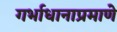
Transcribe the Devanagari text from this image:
गर्भाधानाप्रमाणे